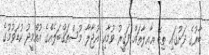
ބާރުގެ ދަށުގައި ތިބޭ ޢާއިލާތައް ފަޤީރު ވުމާއި އުޖާލާ މުސްތަޤްބަލެއްގެ އުއްމީދު ކުޑަވުމުގެ